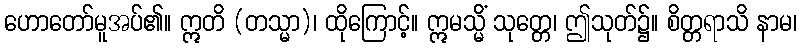
ဟောတော်မူအပ်၏။ ဣတိ (တသ္မာ)၊ ထိုကြောင့်။ ဣမသ္မိံ သုတ္တေ၊ ဤသုတ်၌။ စိတ္တရာသိ နာမ၊